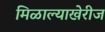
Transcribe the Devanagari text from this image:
मिळाल्याखेरीज